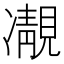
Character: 𩇟